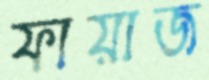
ফায়াজ